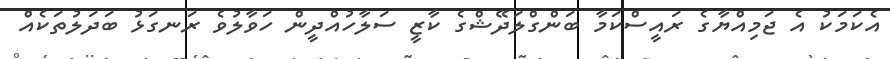
އެކަމަކު އެ ޖަމިއްޔާގެ ރައީސްކަމާ ބަންގްލަދޭޝްގެ ކާޒީ ސަލާހުއްދީން ހަވާލުވެ ރަނގަޅު ބަދަލުތަކެއް